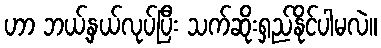
ဟာ ဘယ့်နှယ်လုပ်ပြီး သက်ဆိုးရှည်နိုင်ပါမလဲ။